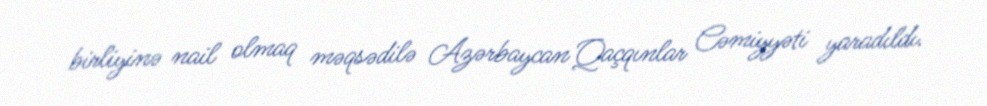
birliyinə nail olmaq məqsədilə Azərbaycan Qaçqınlar Cəmiyyəti yaradıldı.